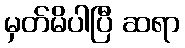
မှတ်မိပါပြီ ဆရာ